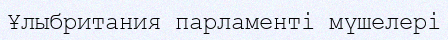
Ұлыбритания парламенті мүшелері